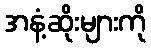
အနံ့ဆိုးများကို